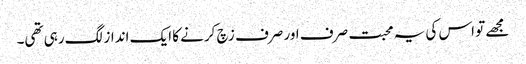
مجھے تو اس کی یہ محبت صرف اور صرف زچ کرنے کا ایک انداز لگ رہی تھی۔